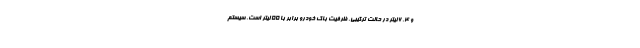
و 6.4 لیتر در حالت ترکیبی. ظرفیت باک خودرو برابر با 55 لیتر است. سیستم